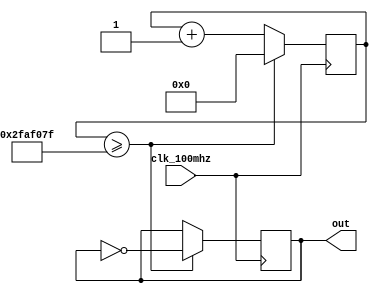
`timescale 1ns / 1ps
//////////////////////////////////////////////////////////////////////////////////
// Company: 
// Engineer: 
// 
// Design Name: 
// Module Name: clk_wiz_1hz
// Project Name: 
// Target Devices: 
// Tool Versions: 
// Description: 
// 
// Dependencies: 
// 
// Revision:
// Revision 0.01 - File Created
// Additional Comments:
// 
//////////////////////////////////////////////////////////////////////////////////


module clk_wiz_1hz(
    input clk_100mhz,
    output reg out
    );
    reg [27:0]count;
    always@(posedge clk_100mhz)
    begin
        if(count >= 28'd49_999_999)
        begin
            count <= 28'h0;
            out <= ~out;
        end
        else
            count <= count + 28'h1;
    end
endmodule